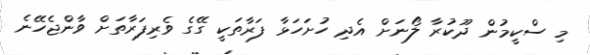
މި ސްކީމުން ދޫކުރާ ލޯނަށް އެދި ހުށަހަޅާ ފަރާތަކީ ގޭގެ ވެރިފަރާތަށް ވާންޖެހޭނެ